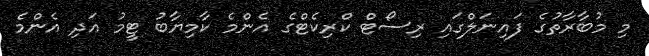
މި މުބާރާތުގެ ފައިނަލްގައި ރިސޯޓް ކްރިކެޓްގެ އެންމެ ކާމިޔާބު ޓީމު އަދި އެންމެ